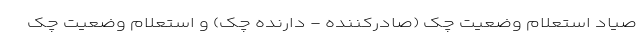
صیاد استعلام وضعیت چک (صادرکننده - دارنده چک) و استعلام وضعیت چک